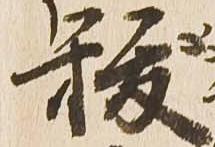
祓